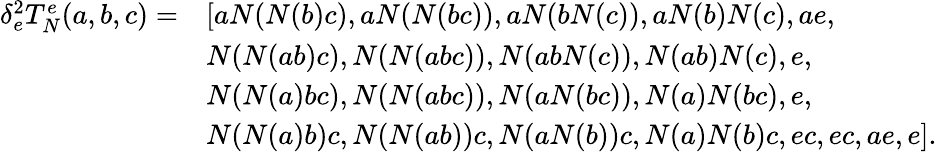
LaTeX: \begin{array}{rl}{\delta_{e}^{2}T_{N}^{e}(a,b,c)=}&{[aN(N(b)c),aN(N(bc)),aN(bN(c)),aN(b)N(c),ae,}\\ &{N(N(ab)c),N(N(abc)),N(abN(c)),N(ab)N(c),e,}\\ &{N(N(a)bc),N(N(abc)),N(aN(bc)),N(a)N(bc),e,}\\ &{N(N(a)b)c,N(N(ab))c,N(aN(b))c,N(a)N(b)c,ec,ec,ae,e].}\end{array}